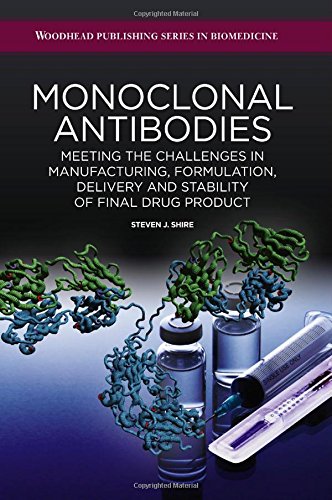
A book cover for Monoclonal Antibodies: Meeting the Challenges in Manufacturing, Formulation, Delivery and Stability of Final Drug Product; Steven Shire; Medical Books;